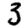
Digit: 3